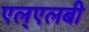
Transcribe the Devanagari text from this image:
एल्‌एलबी